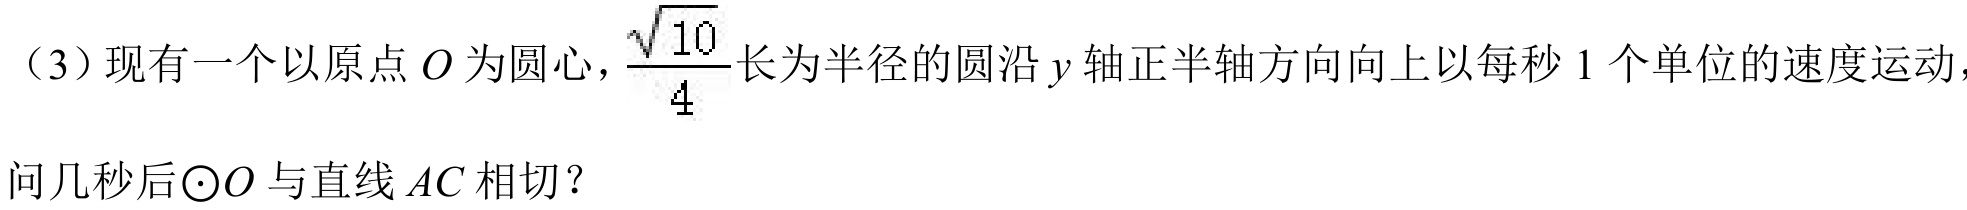
（3）现有一个以原点\(O\)为圆心，\(\dfrac{\sqrt{10}}{4}\)长为半径的圆沿\(y\)轴正半轴方向向上以每秒\(1\)个单位的速度运动，
问几秒后\(\odot O\)与直线\(AC\)相切？